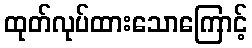
ထုတ်လုပ်ထားသောကြောင့်